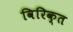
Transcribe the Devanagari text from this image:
विरिक्त